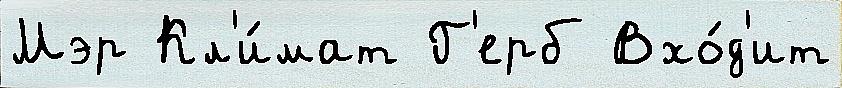
Мэр Кл'и́мат Г'ерб Вхо́д'ит